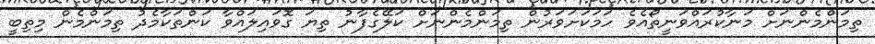
ތިމަންމެންނަށް މަނާކުރައްވަނީތޯއެވެ ހަމަކަށަވަރުން ތިމަންމެންނަށް ކަލޭގެފާނު ތިޔަ ގޮވައިލައްވާ ކަންތަކާމެދު ތިމަންމެން މިތިބީ